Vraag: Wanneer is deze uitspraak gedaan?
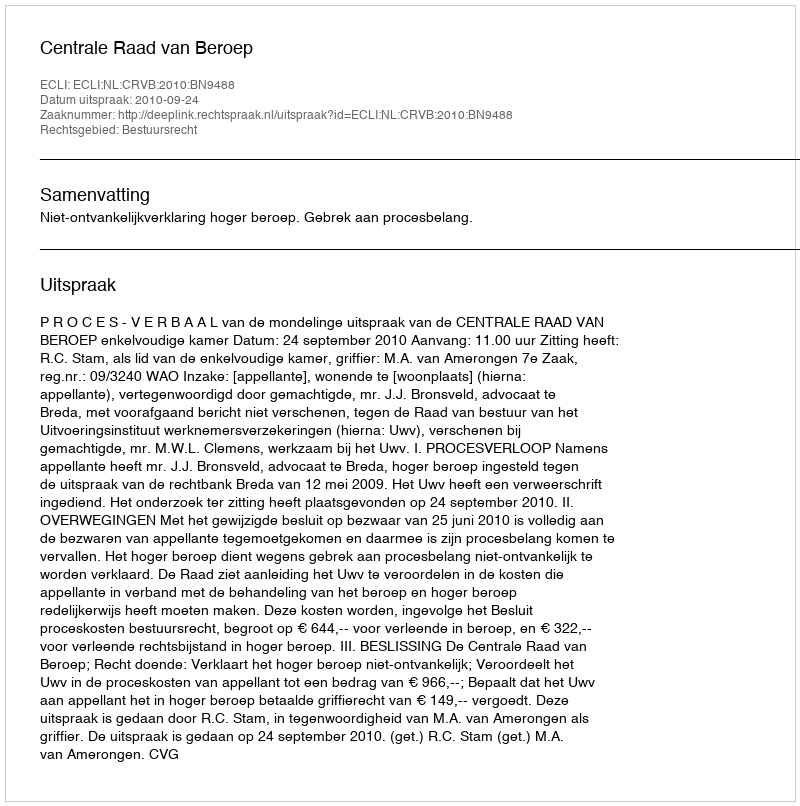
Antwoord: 2010-09-24